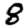
Digit: 8